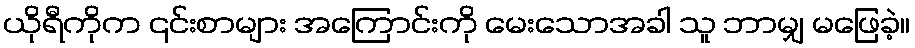
ယိုရီကိုက ၎င်းစာများ အကြောင်းကို မေးသောအခါ သူ ဘာမျှ မဖြေခဲ့။